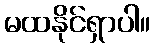
မထနိုင်ရှာပါ။